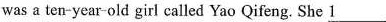
was a ten-year-old girl called Yao Qifeng. She \underline{1 }